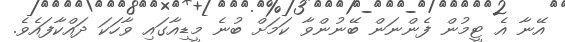
އޭނާ އެ ޓީމުން ފެންނަން ބޭނުންވާ ކަމަށް ބުނެ މީޑިއާގައި ވާހަކަ ދައްކާފައެވެ.